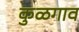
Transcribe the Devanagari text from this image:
कुळगाव